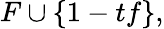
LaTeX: F\cup\{ 1-tf\} ,